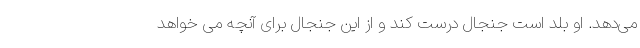
می‌دهد. او بلد است جنجال درست کند و از این جنجال برای آنچه می خواهد